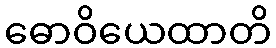
ဓောဝိယေထာတိ